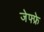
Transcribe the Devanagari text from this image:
जेफ्फ्रे